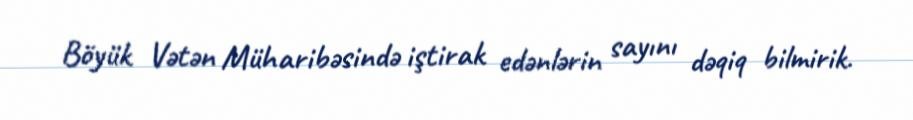
Böyük Vətən Müharibəsində iştirak edənlərin sayını dəqiq bilmirik.